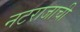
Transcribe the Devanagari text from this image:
नटराजाची